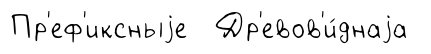
Пр'еф'иксныjе Др'евов'и́днаjа